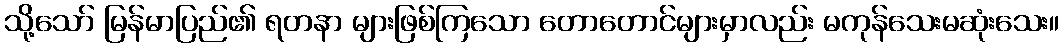
သို့သော် မြန်မာပြည်၏ ရတနာ များဖြစ်ကြသော တောတောင်များမှာလည်း မကုန်သေးမဆုံးသေး။